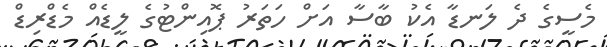
މެސީގެ ދެ ލަނޑާ އެކު ބާސާ އަށް ހަތަރު ޕޮއިންޓުގެ ލީޑެއް މެޑްރިޑް